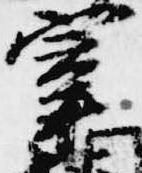
宰